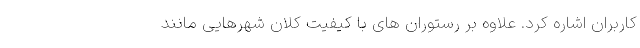
کاربران اشاره کرد. علاوه بر رستوران های با کیفیت کلان شهرهایی مانند